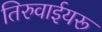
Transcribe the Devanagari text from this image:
तिरुवाईयरू